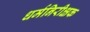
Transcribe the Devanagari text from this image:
धर्मनिरीक्षक